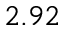
2 . 9 2